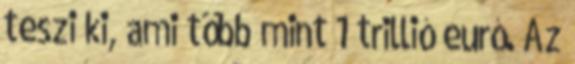
teszi ki, ami több mint 1 trillió euró. Az